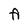
Character: A